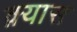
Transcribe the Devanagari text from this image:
क़्यास